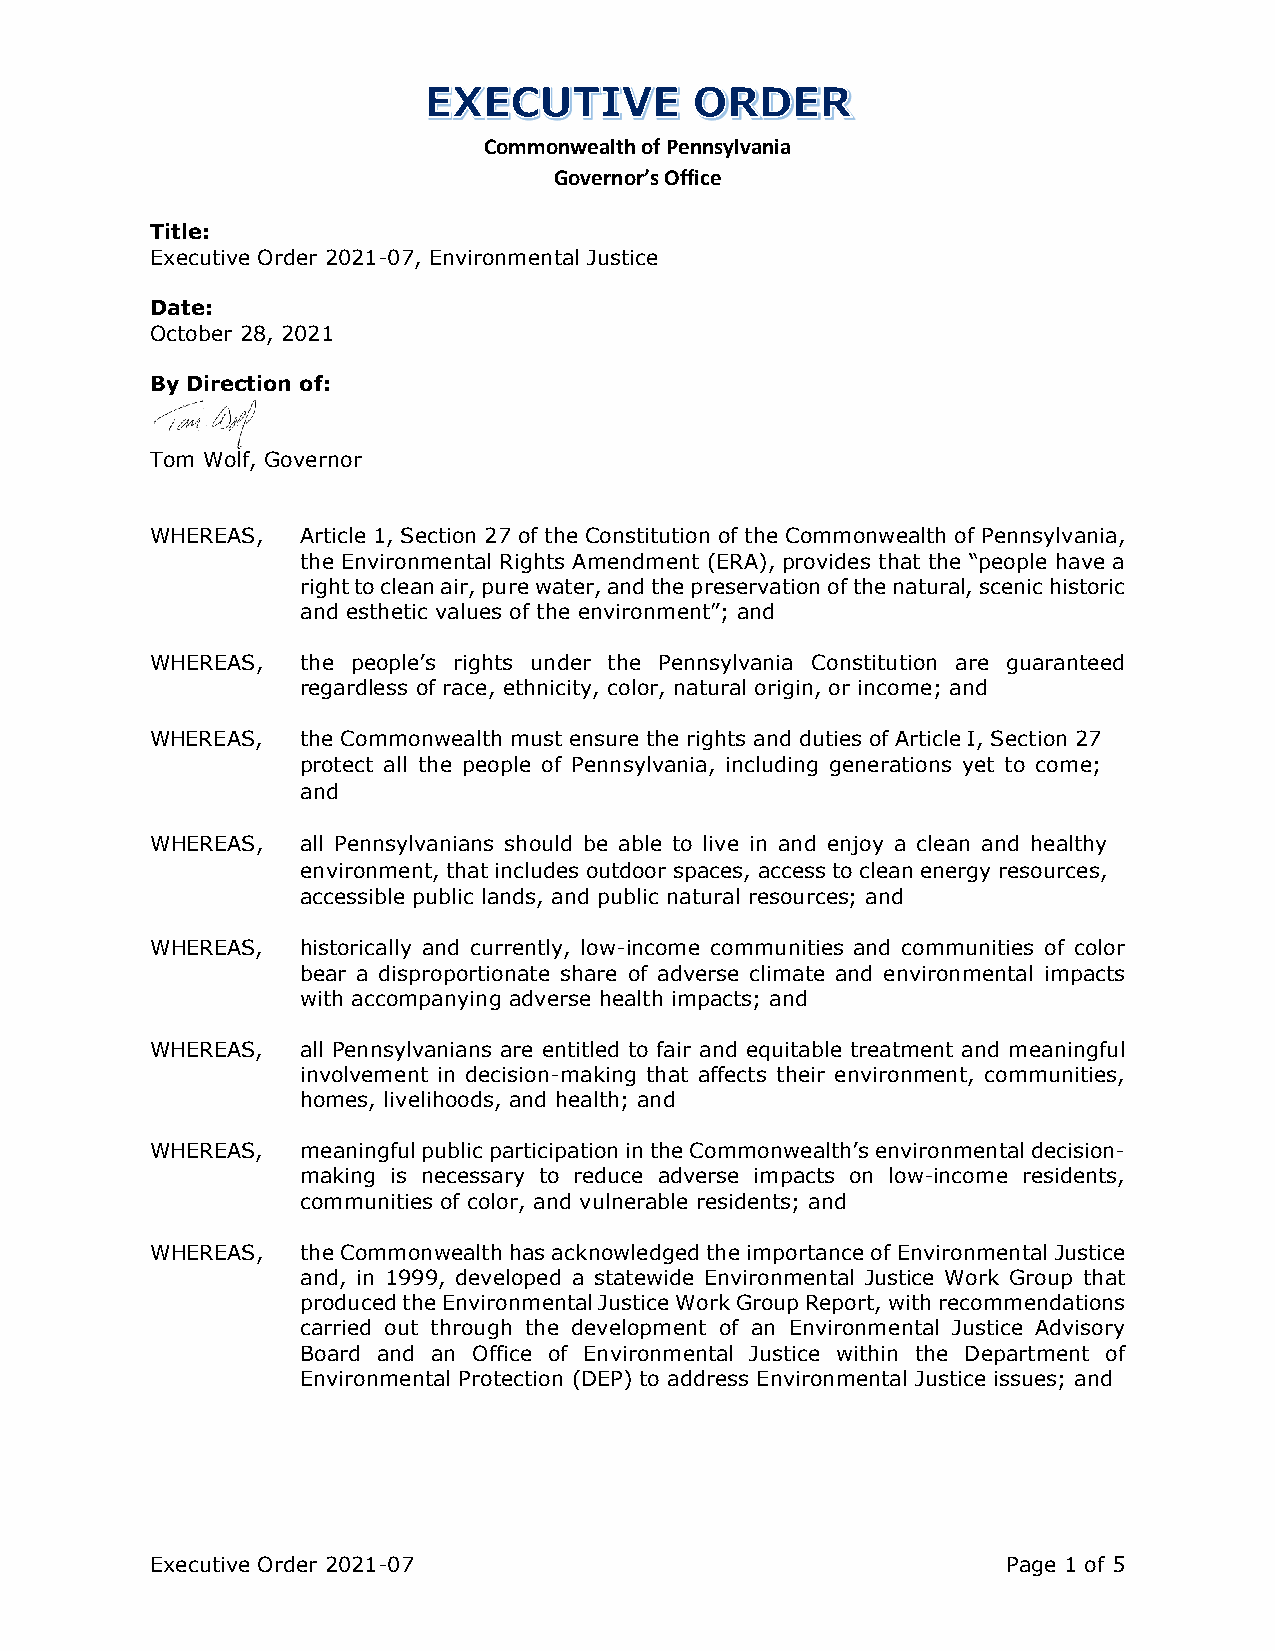
Commonwealth of Pennsylvania
 Governor’s Office
 Title:
 Executive Order 2021-07, Environmental Justice
 Date:
 October 28, 2021
 By Direction of:
 Tom Wolf, Governor
 WHEREAS,  Article 1, Section 27 of the Constitution of the Commonwealth of Pennsylvania,
 the Environmental Rights Amendment (ERA), provides that the “people have a
 right to clean air, pure water, and the preservation of the natural, scenic historic
 and esthetic values of the environment”; and
 WHEREAS,  the people’s rights under the Pennsylvania Constitution are guaranteed
 regardless of race, ethnicity, color, natural origin, or income; and
 WHEREAS,  the Commonwealth must ensure the rights and duties of Article I, Section 27
 protect all the people of Pennsylvania, including generations yet to come;
 and
 WHEREAS,  all Pennsylvanians should be able to live in and enjoy a clean and healthy
 environment, that includes outdoor spaces, access to clean energy resources,
 accessible public lands, and public natural resources; and
 WHEREAS,  historically and currently, low-income communities and communities of color
 bear a disproportionate share of adverse climate and environmental impacts
 with accompanying adverse health impacts; and
 WHEREAS,  all Pennsylvanians are entitled to fair and equitable treatment and meaningful
 involvement in decision-making that affects their environment, communities,
 homes, livelihoods, and health; and
 WHEREAS,  meaningful public participation in the Commonwealth’s environmental decision-
 making is necessary to reduce adverse impacts on low-income residents,
 communities of color, and vulnerable residents; and
 WHEREAS,  the Commonwealth has acknowledged the importance of Environmental Justice
 and, in 1999, developed a statewide Environmental Justice Work Group that
 produced the Environmental Justice Work Group Report, with recommendations
 carried out through the development of an Environmental Justice Advisory
 Board and an Office of Environmental Justice within the Department of
 Environmental Protection (DEP) to address Environmental Justice issues; and
 Executive Order 2021-07                                  Page 1 of 5